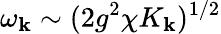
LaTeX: \omega_{\mathbf{k}}\sim(2g^{2}\chi K_{\mathbf{k}})^{1/2}